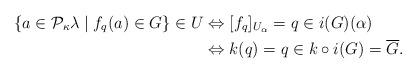
LaTeX: \begin{align*} \{a \in \mathcal{P}_\kappa\lambda \mid f_q(a) \in G\} \in U &\Leftrightarrow[f_q]_{U_\alpha} = q \in i(G)(\alpha)\\ &\Leftrightarrow k(q) = q \in k \circ i(G) = \overline{G}.\end{align*}